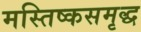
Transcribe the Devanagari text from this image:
मस्तिष्कसमृद्ध